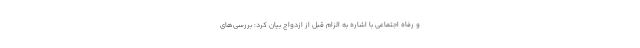
و رفاه اجتماعی با اشاره به الزام قبل از ازدواج بیان کرد: بررسی‌های